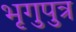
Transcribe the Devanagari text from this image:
भृगुपुत्र